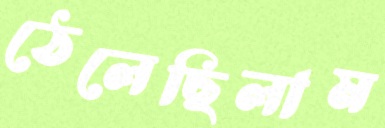
ঠেলেছিলাম